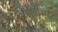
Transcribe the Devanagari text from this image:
पहाड़ीओं